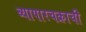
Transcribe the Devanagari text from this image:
व्यापारचक्राची